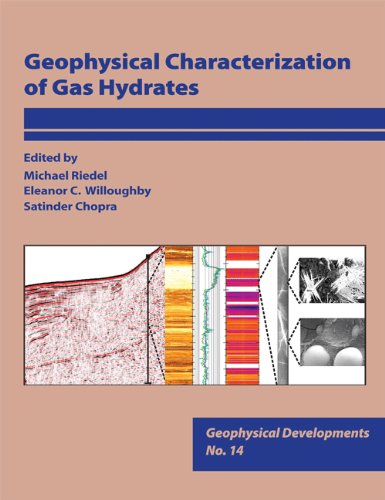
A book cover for Geophysical Characterization of Gas Hydrates; Eleanor C. Willoughby, and Satinder Chopra Edited by: Michael Riedel; Science & Math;